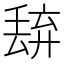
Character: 𬻭